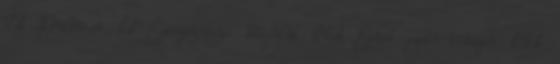
7db Pulóver 1db Egészségügyi készülék 14db Egyéb papír-írószer 14db